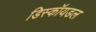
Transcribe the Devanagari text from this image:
डिस्कॉयडल